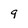
Character: 9